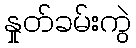
နှုတ်ခမ်းကွဲ